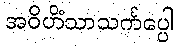
အဝိဟိံသာသင်္ကပ္ပေါ